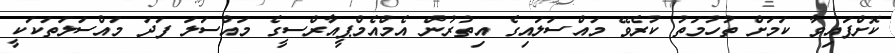
ކޮށްފައިވާ ކަމަށް ތުހުމަތު ކުރެވޭ މައްސަލައިގެ އިތުރުން އެމްއެމްޕީއާރްސީގެ މައްސަލަ ފަދަ މައްސަލަތަކަކީ